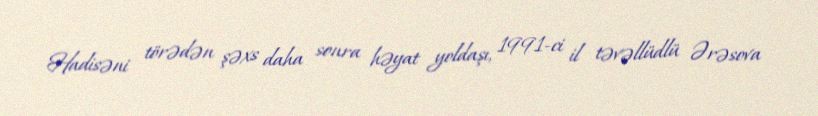
Hadisəni törədən şəxs daha sonra həyat yoldaşı, 1991-ci il təvəllüdlü Ərəsova